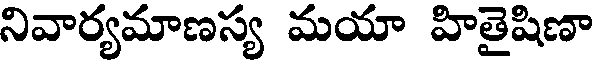
నివార్యమాణస్య మయా హితైషిణా